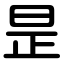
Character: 昰